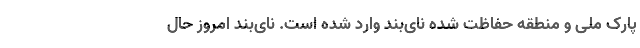
پارک ملی و منطقه حفاظت شده نای‌بند وارد شده است. نای‌بند امروز حال